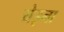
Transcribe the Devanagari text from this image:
येइना